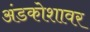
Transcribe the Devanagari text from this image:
अंडकोशावर